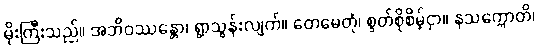
မိုးကြီးသည်။ အဘိဝဿန္တော၊ ရွာသွန်းလျက်။ တေမေတုံ၊ စွတ်စိုစိမ့်ငှာ။ နသက္ကောတိ၊